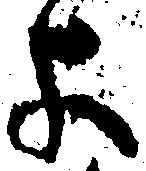
よ